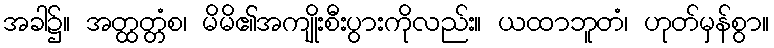
အခါ၌။ အတ္ထတ္တံစ၊ မိမိ၏အကျိုးစီးပွားကိုလည်း။ ယထာဘူတံ၊ ဟုတ်မှန်စွာ။